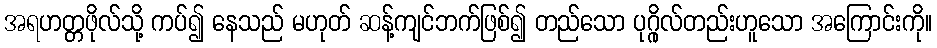
အရဟတ္တဖိုလ်သို့ ကပ်၍ နေသည် မဟုတ် ဆန့်ကျင်ဘက်ဖြစ်၍ တည်သော ပုဂ္ဂိုလ်တည်းဟူသော အကြောင်းကို။